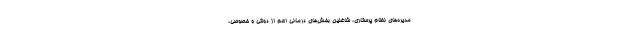
مدیره‌های نظام پرستاری، شاغلین بخش‌های درمانی اعم از دولتی و خصوصی،